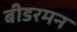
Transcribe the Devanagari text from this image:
बीडरमन